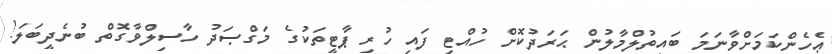
ޢެހެންކަމަށްވާނަމަ ބައިތުލްމާލުން ޙަރަދުކޮށް ހުއްޓި ފައި ހުރި ޕާޓީތަކުގެ މަގްޞަދު ހާސިލްވާގޮތް ބުނެދީބަލަ!